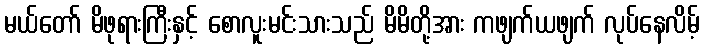
မယ်တော် မိဖုရားကြီးနှင့် စောလူးမင်းသားသည် မိမိတို့အား ကဖျက်ယဖျက် လုပ်နေလိမ့်